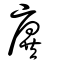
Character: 廙